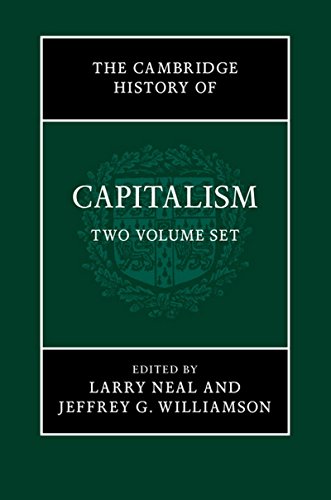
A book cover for The Cambridge History of Capitalism 2 Volume Hardback Set; Business & Money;